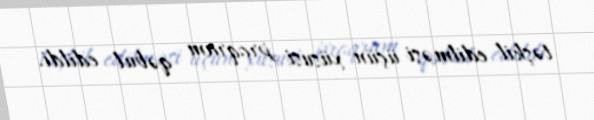
təşkil edilməsi üçün xüsusi proqram qəbul edildi.